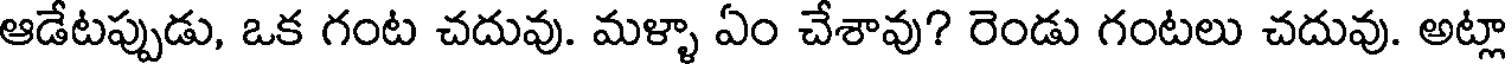
ఆడేటప్పుడు, ఒక గంట చదువు. మళ్ళా ఏం చేశావు? రెండు గంటలు చదువు. అట్లా